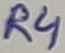
Text: R4